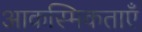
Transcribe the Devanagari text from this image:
आकस्मिकताएँ